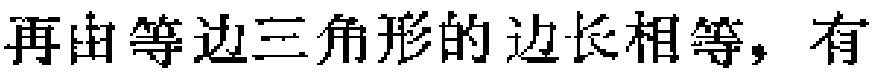
再由等边三角形的边长相等，有